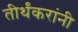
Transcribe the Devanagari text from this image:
तीर्थंकरांनी